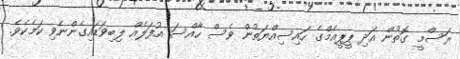
ރަސްމީ ގޮތުން އަދި ޕީޕީއެމްގެ ހައިސިއްޔަތުން ވެސް ހާއްސަ އުފަލެއް ލިބިވަޑައިގެންނެވި ކަމެކެވެ.